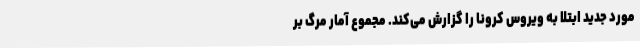
مورد جدید ابتلا به ویروس کرونا را گزارش می‌کند. مجموع آمار مرگ بر